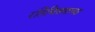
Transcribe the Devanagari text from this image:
रतिचित्रणाच्या